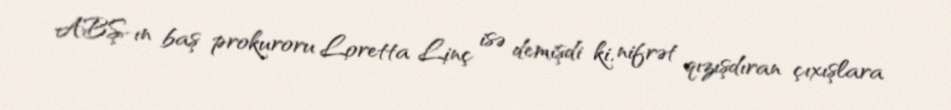
ABŞ-ın baş prokuroru Loretta Linç isə demişdi ki, nifrət qızışdıran çıxışlara